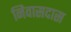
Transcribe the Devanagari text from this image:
निवासदास